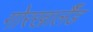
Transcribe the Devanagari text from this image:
गोरखालैँड